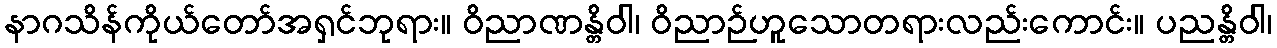
နာဂသိန်ကိုယ်တော်အရှင်ဘုရား။ ဝိညာဏန္တိဝါ၊ ဝိညာဉ်ဟူသောတရားလည်းကောင်း။ ပညန္တိဝါ၊